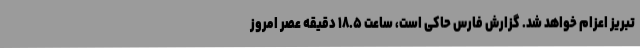
تبریز اعزام خواهد شد. گزارش فارس حاکی است، ساعت ۱۸.۵ دقیقه عصر امروز